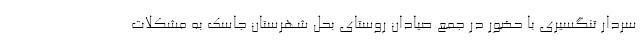
سردار تنگسیری با حضور در جمع صیادان روستای بحل شهرستان جاسک به مشکلات